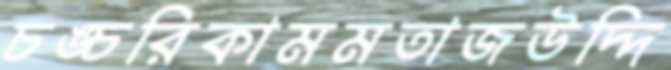
চঙ্চরিকামমতাজউদ্দি